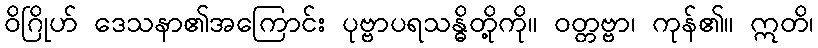
ဝိဂြိုဟ် ဒေသနာ၏အကြောင်း ပုဗ္ဗာပရသန္ဓိတို့ကို။ ဝတ္တဗ္ဗာ၊ ကုန်၏။ ဣတိ၊